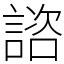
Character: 諮